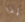
إذا